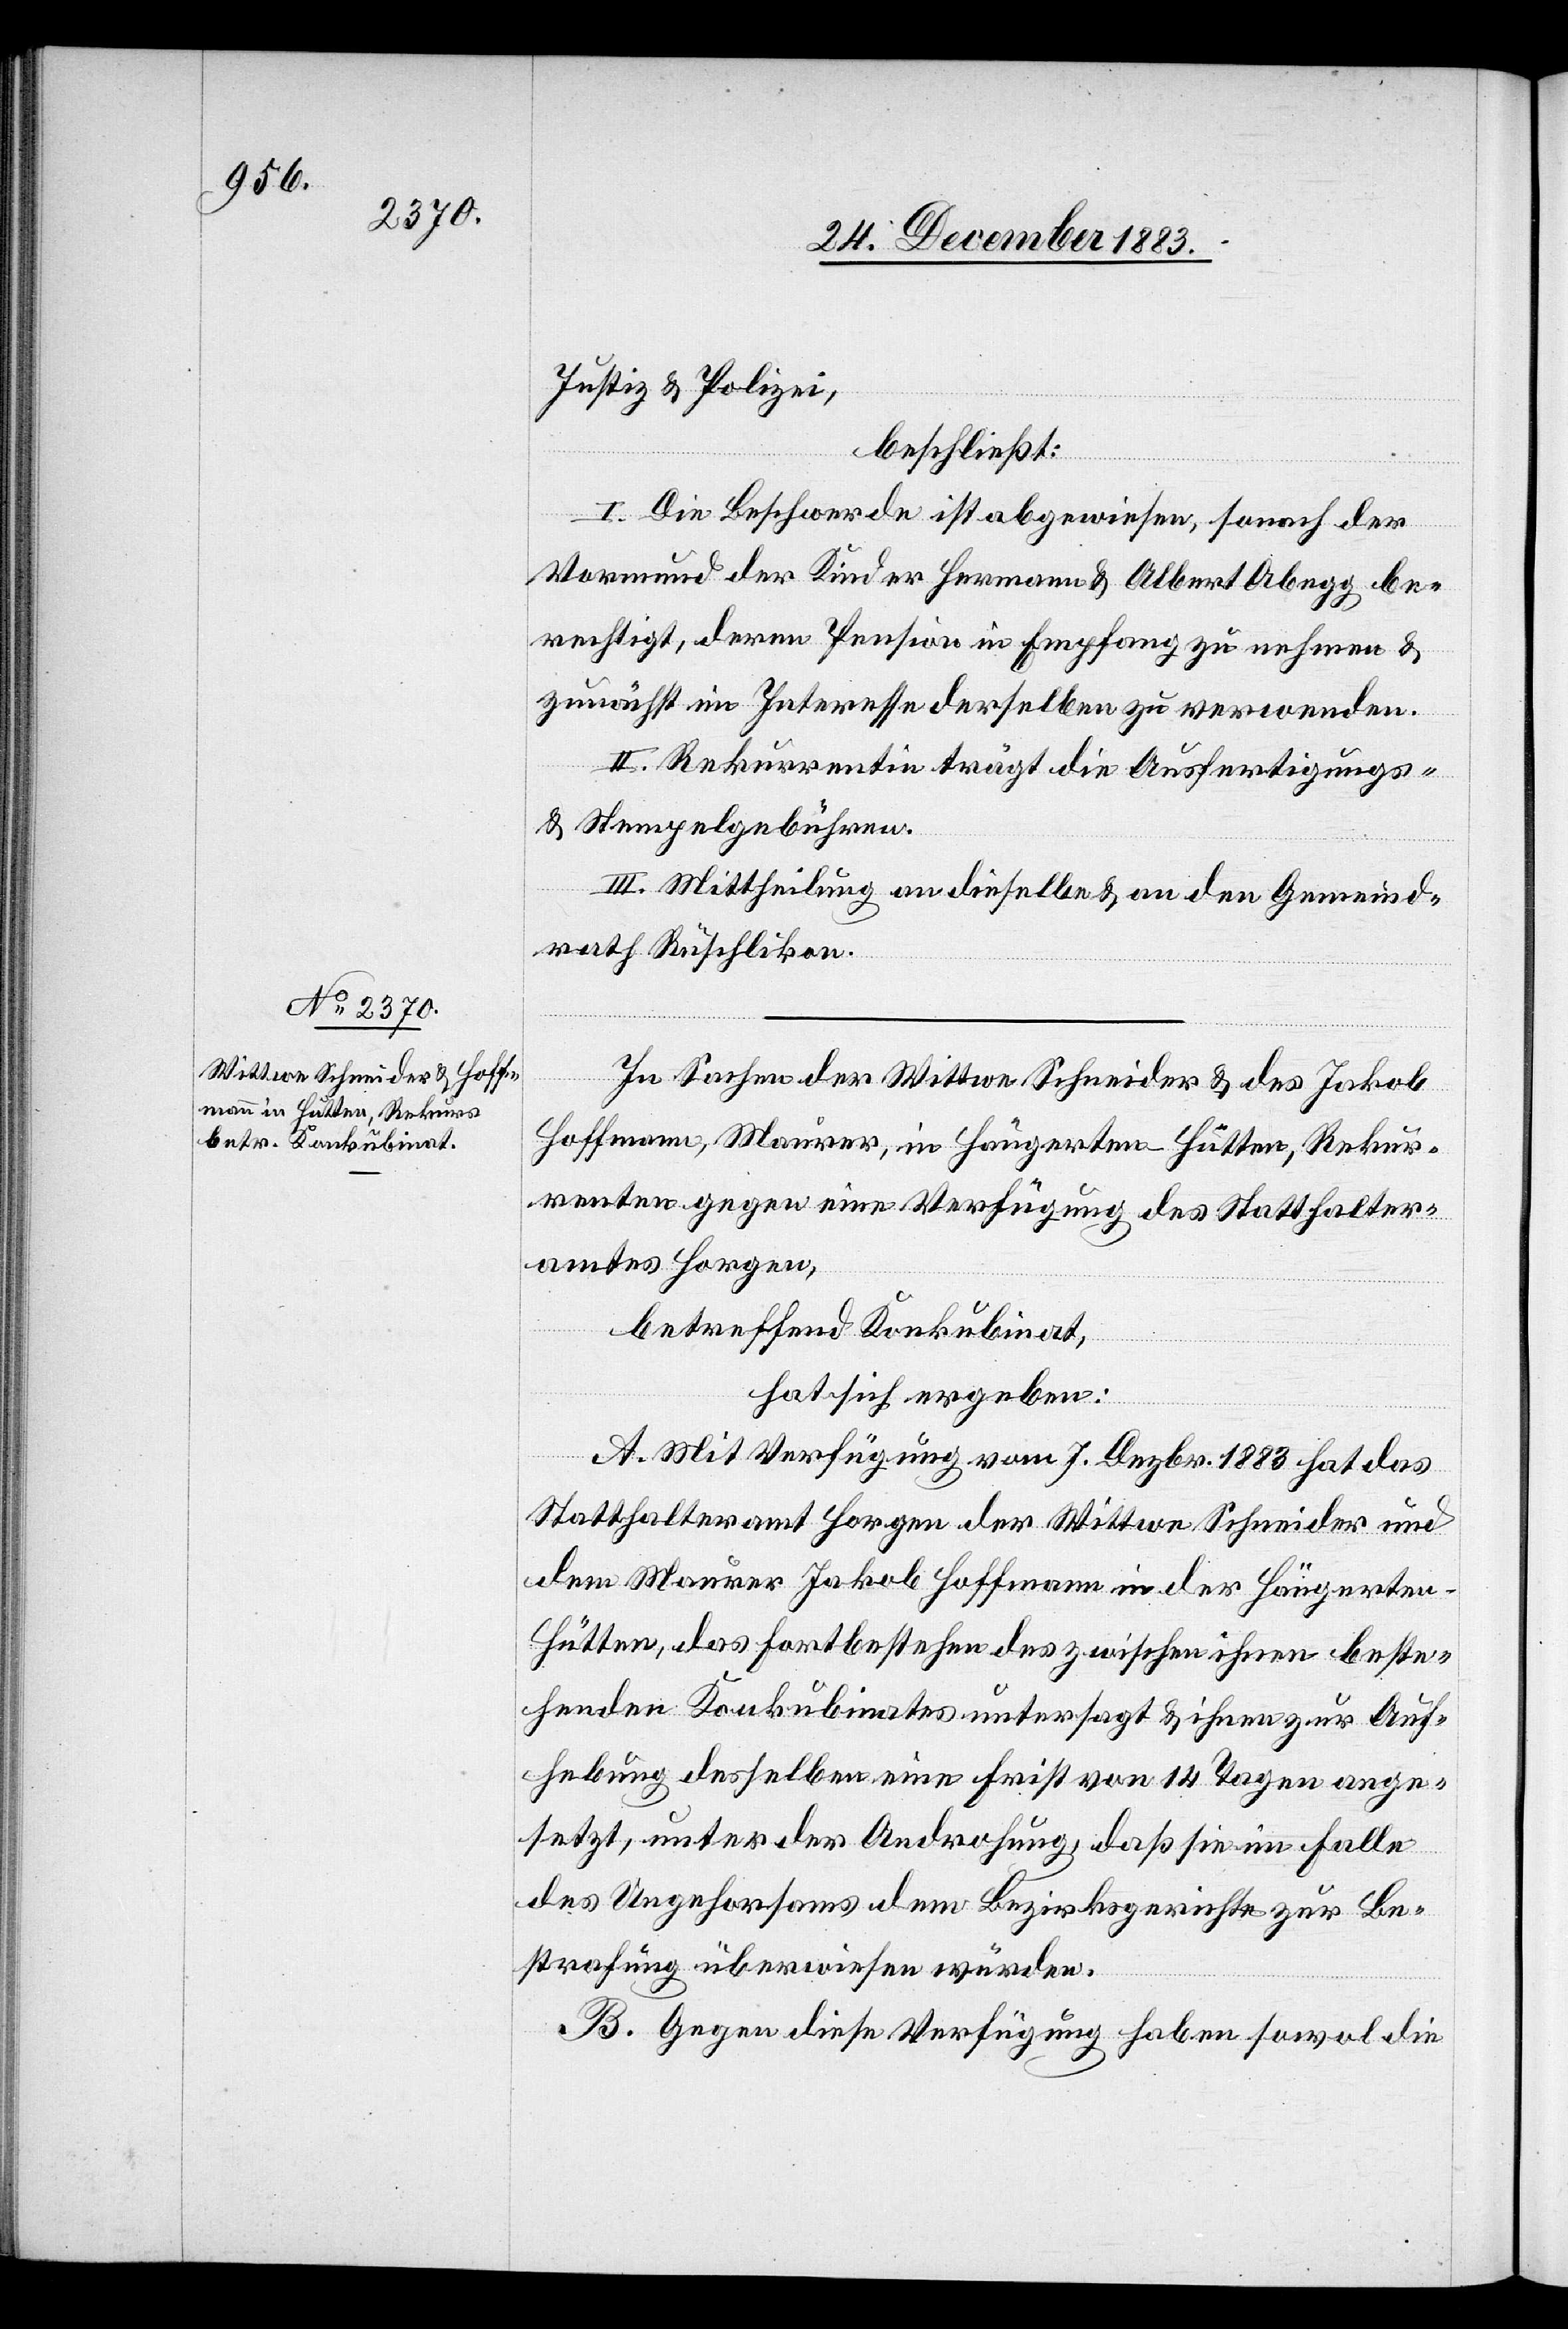
Justiz & Polizei,
beschließt:
I. Die Beschwerde ist abgewiesen, sonach der
Vormund der Kinder Hermann & Albert Abegg be¬
rechtigt, deren Pension in Empfang zu nehmen &
zunächst im Interesse derselben zu verwenden.
II. Rekurrentin trägt die Ausfertigungs-
& Stempelgebühren.
III. Mittheilung an dieselbe & an den Gemeind¬
rath Rüschlikon.
In Sachen der Wittwe Schneider & des Jakob
Hoffmann, Maurer, in Hängerten - Hütten, Rekur¬
renten gegen eine Verfügung des Statthalter¬
amtes Horgen,
betreffend Konkubinat,
hat sich ergeben:
A. Mit Verfügung vom 7. Dezbr. 1883 hat das
Statthalteramt Horgen der Wittwe Schneider und
dem Maurer Jakob Hoffmann in der Hängerten
Hütten, das Fortbestehen des zwischen ihnen beste¬
henden Konkubinates untersagt & ihnen zur Auf¬
hebung desselben eine Frist von 14 Tagen ange¬
setzt, unter der Androhung, daß sie im Falle
des Ungehorsams dem Bezirksgerichte zur Be¬
strafung überwiesen würden.
B. Gegen diese Verfügung haben sowol die